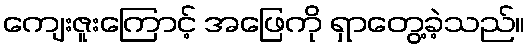
ကျေးဇူးကြောင့် အဖြေကို ရှာတွေ့ခဲ့သည်။